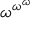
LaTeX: \omega ^ { \omega ^ { \omega } }